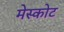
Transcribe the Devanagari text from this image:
मेस्कोट